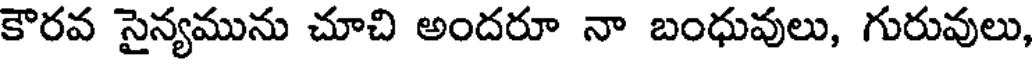
కౌరవ సైన్యమును చూచి అందరూ నా బంధువులు, గురువులు,